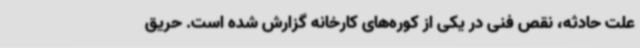
علت حادثه، نقص فنی در یکی از کوره‌های کارخانه گزارش شده است. حریق